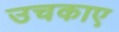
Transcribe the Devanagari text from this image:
उचकाए